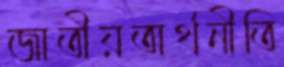
জাতীয়অর্থনীতি